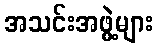
အသင်းအဖွဲ့များ